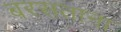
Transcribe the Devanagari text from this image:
बरसताना